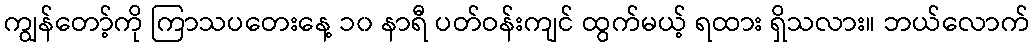
ကျွန်တော့်ကို ကြာသပတေးနေ့ ၁၀ နာရီ ပတ်ဝန်းကျင် ထွက်မယ့် ရထား ရှိသလား။ ဘယ်လောက်